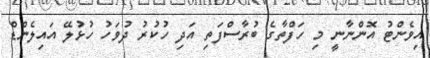
އިވެންޓު އޮންނާނީ މި ހަފްތާގެ ބުރާސްފަތި އަދި ހުކުރު ދުވަހު ހުޅުލޭ އައިލެންޑް